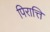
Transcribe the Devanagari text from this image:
पिरात्ति